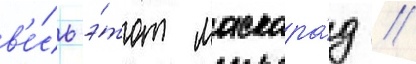
в'е́сь э́тот маскара́д //